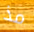
مذ